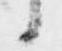
候